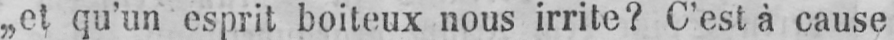
„et qu’un esprit boiteux nous irrite? C’est à cause